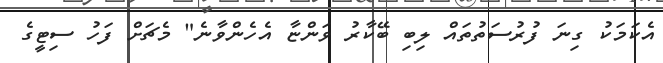
އެކަމަކު ގިނަ ފުރުސަތުތައް ލިބި ބޭކާރު ވަންޏާ އެހެންވާނެ" މެޗަށް ފަހު ސިޓީގެ